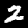
Label: 2